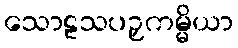
သောဠသပဉှကမ္မိယာ